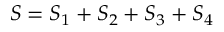
S = S _ { 1 } + S _ { 2 } + S _ { 3 } + S _ { 4 }